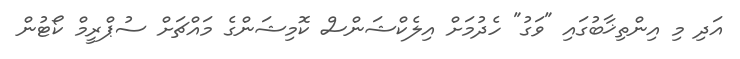
އަދި މި އިންތިޚާބުގައި "ވަގު" ހެދުމަށް އިލެކްޝަންސް ކޮމިޝަންގެ މައްޗަށް ސުޕްރީމް ކޯޓުން